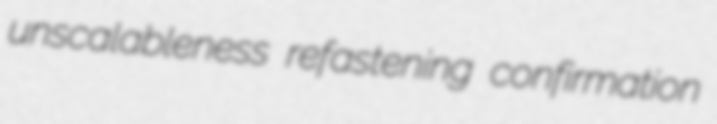
unscalableness refastening confirmation